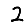
Digit: 2